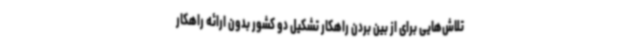
تلاش‌هایی برای از بین بردن راهکار تشکیل دو کشور بدون ارائه راهکار